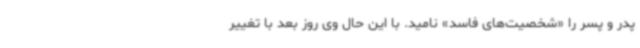
پدر و پسر را «شخصیت‌های فاسد» نامید. با این حال وی روز بعد با تغییر